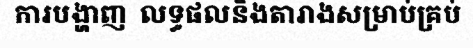
ការបង្ហាញ  លទ្ធផលនិងតារាងសម្រាប់គ្រប់